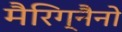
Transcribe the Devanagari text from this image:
मैरिग्नैनो